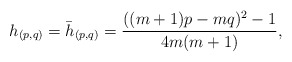
\begin{align*}h_{(p,q)}=\bar{h}_{(p,q)}=\frac{((m+1)p-mq)^2-1}{4m(m+1)},\end{align*}